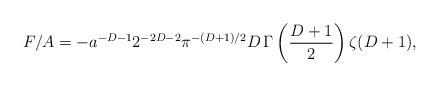
LaTeX: \begin{align*}F/A=-a^{-D-1}2^{-2D-2}\pi^{-(D+1)/2}D\,\Gamma\left ({D+1\over2}\right )\zeta (D+1),\end{align*}